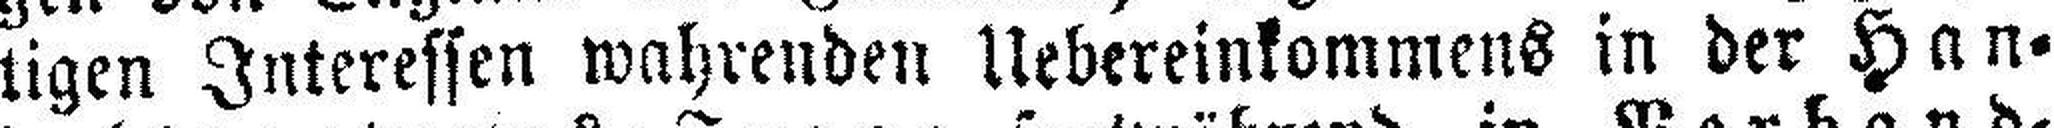
tigen Interessen wahrenden Uebereinkommens in der Han¬